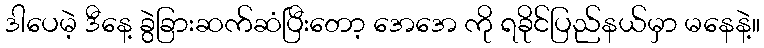
ဒါပေမဲ့ ဒီနေ့ ခွဲခြားဆက်ဆံပြီးတော့ အေအေ ကို ရခိုင်ပြည်နယ်မှာ မနေနဲ့။